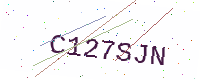
Text: C127SJN